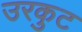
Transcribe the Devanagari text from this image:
उरकुट